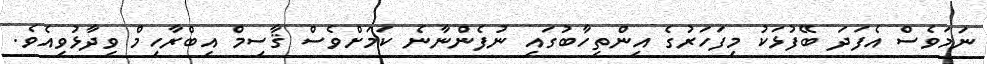
ނަމަވެސް އެފަދަ ބޭފުޅަކު މިފަހަރުގެ އިންތިހާބުގައި ނުފެންނާނެ ކަމަށްވެސް ޤާސިމް އިބްރާހިމް ވިދާޅުވިއެވެ.